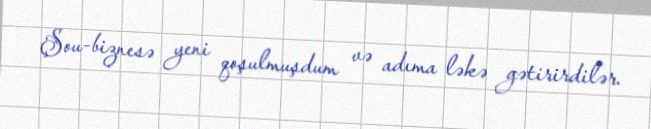
Şou-biznesə yeni qoşulmuşdum və adıma ləkə gətirirdilər.